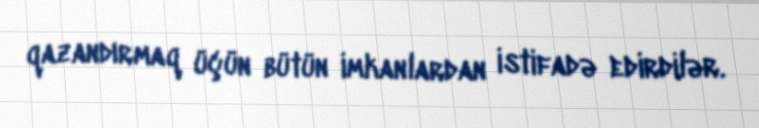
qazandırmaq üçün bütün imkanlardan istifadə edirdilər.